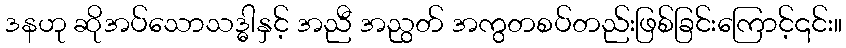
ဒနဟု ဆိုအပ်သောသဒ္ဓါနှင့် အညီ အညွတ် အကွတစပ်တည်းဖြစ်ခြင်းကြောင့်၎င်း။